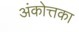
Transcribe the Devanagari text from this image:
अंकोत्तका